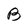
Character: B